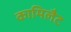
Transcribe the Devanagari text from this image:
कामिलैट